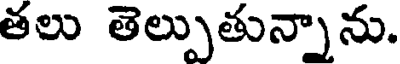
తలు తెల్పుతున్నాను.